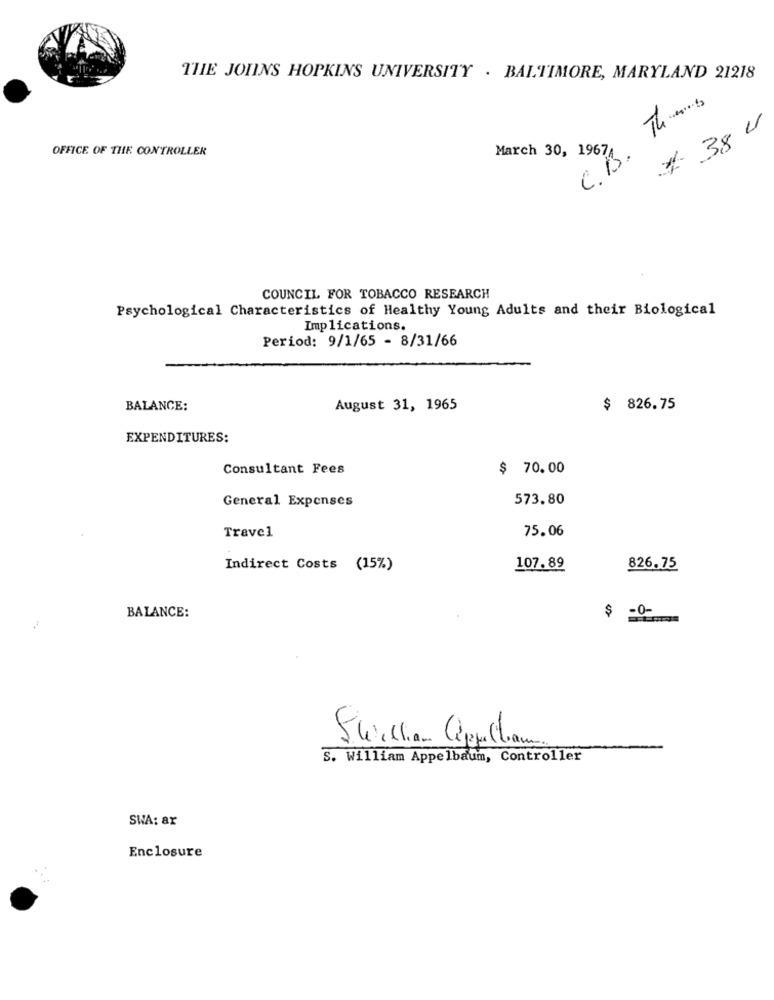
THE JOHNS HOPKINS UNIVERSITY . BALTIMORE, MARYLAND 21218
38 U
March 30, 1967, The
OFFICE OF THE CONTROLLER
C.B.
COUNCIL FOR TOBACCO RESEARCH
Psychological Characteristics of Healthy Young Adults and their Biological
Implications.
Period: 9/1/65 - 8/31/66
BALANCE:
August 31, 1965
$ 826.75
EXPENDITURES:
Consultant Fees
$ 70.00
General Expenses
573.80
Travel
75.06
Indirect Costs (15%)
107.89
826.75
BALANCE:
$ -0-
SWilliam Cipola
S. William Appelbaum, Controller
SWA: ar
Enclosure